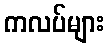
ကလပ်များ